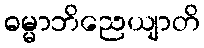
ဓမ္မာဘိညေယျာတိ